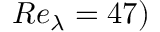
R e _ { \lambda } = 4 7 )